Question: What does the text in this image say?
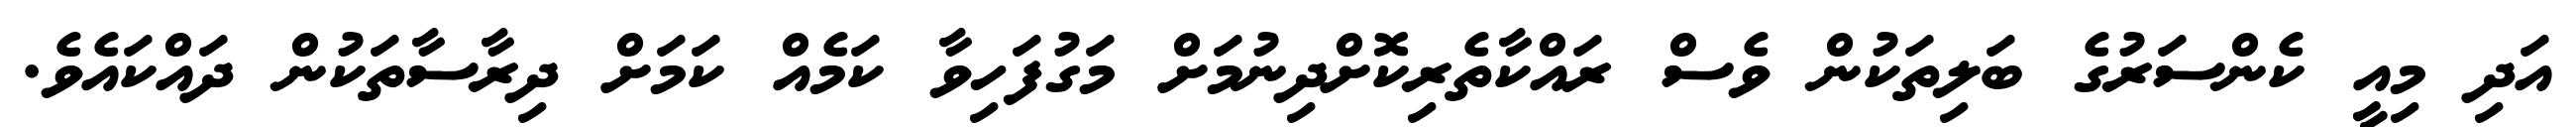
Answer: އަދި މިއީ ކެންސަރުގެ ބަލިތަކުން ވެސް ރައްކާތެރިކޮށްދިނުމަށް މަގުފަހިވާ ކަމެއް ކަމަށް ދިރާސާތަކުން ދައްކައެވެ.